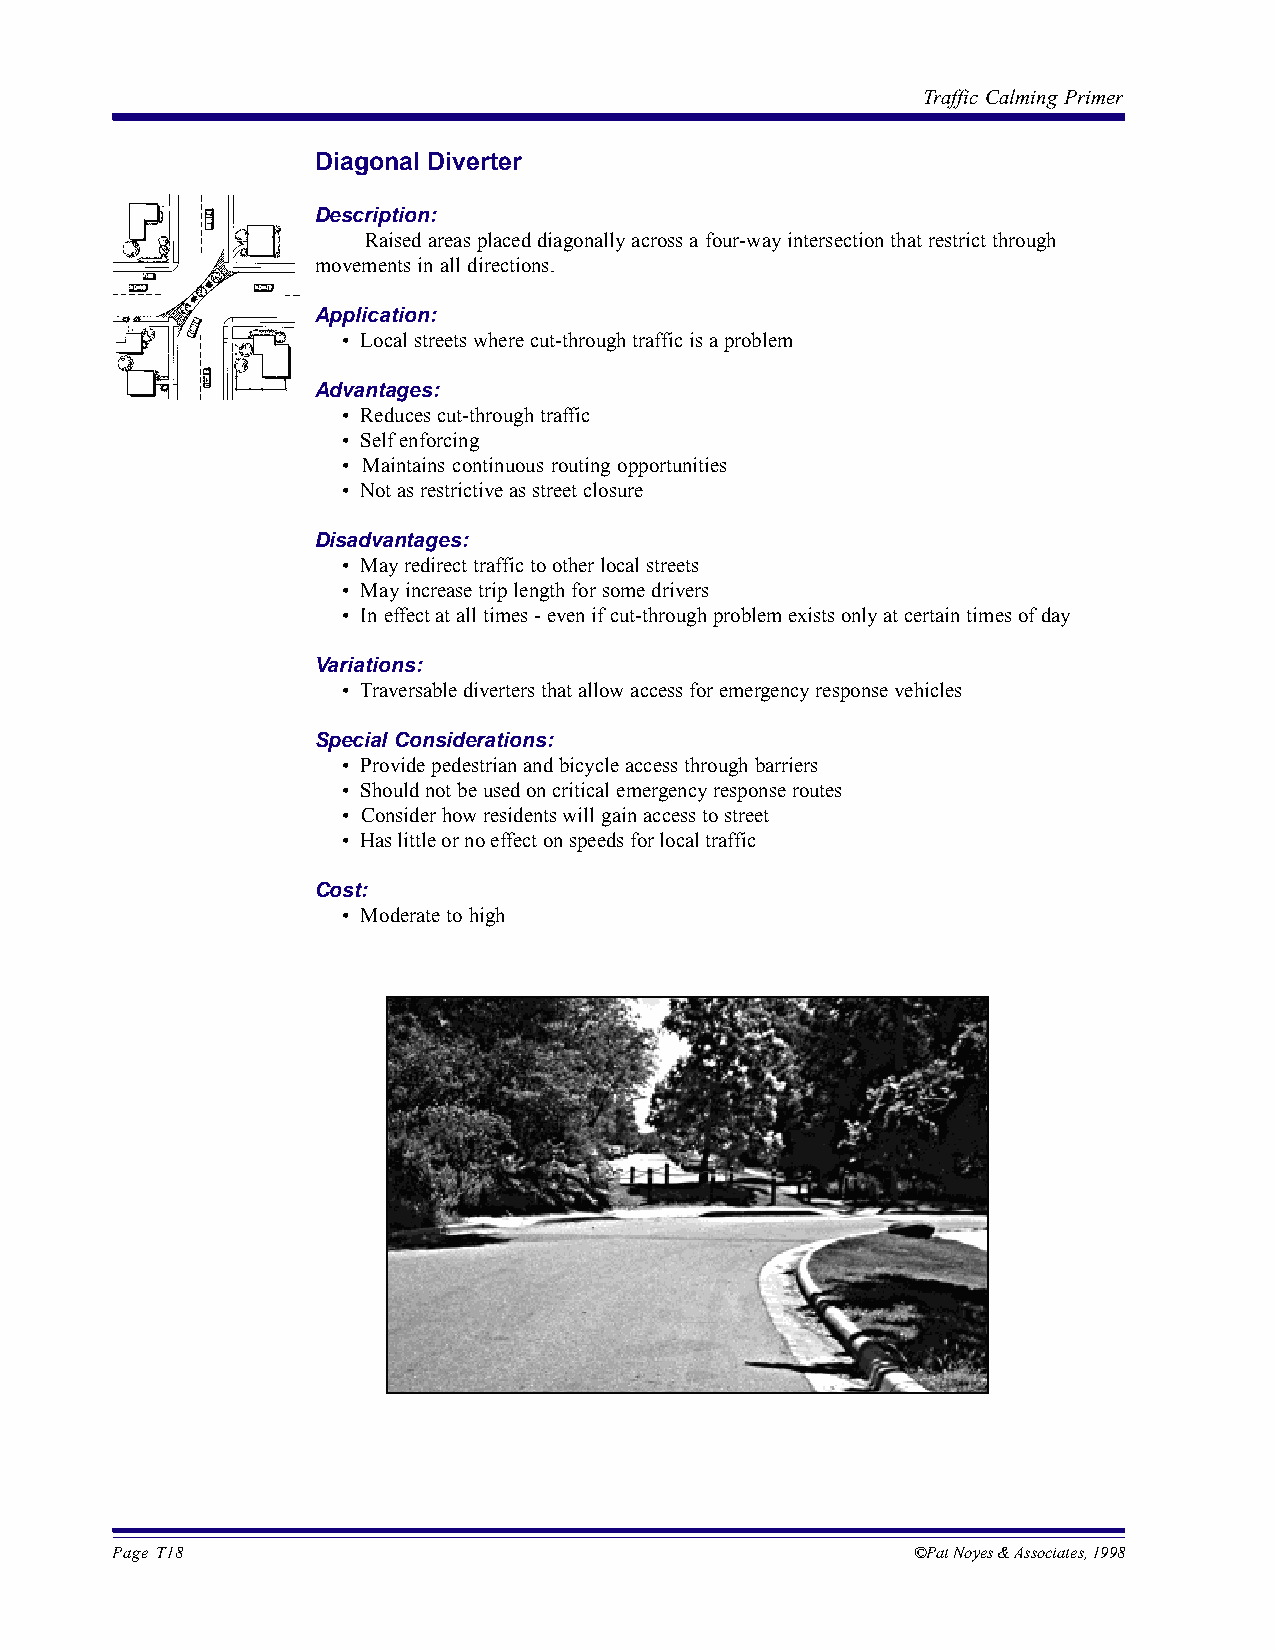
Traffic Calming Primer
 Diagonal Diverter
 Description:
 Raised areas placed diagonally across a four-way intersection that restrict through
 movements in all directions.
 Application:
 • Local streets where cut-through traffic is a problem
 Advantages:
 • Reduces cut-through traffic
 • Self enforcing
 • Maintains continuous routing opportunities
 • Not as restrictive as street closure
 Disadvantages:
 • May redirect traffic to other local streets
 • May increase trip length for some drivers
 • In effect at all times - even if cut-through problem exists only at certain times of day
 Variations:
 • Traversable diverters that allow access for emergency response vehicles
 Special Considerations:
 • Provide pedestrian and bicycle access through barriers
 • Should not be used on critical emergency response routes
 • Consider how residents will gain access to street
 • Has little or no effect on speeds for local traffic
 Cost:
 • Moderate to high
 Page T18                                              ©Pat Noyes & Associates, 1998